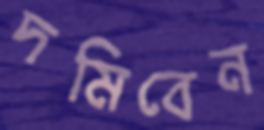
দমিবেন